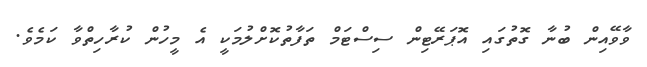
ވާވޭއިން ބުނާ ގޮތުގައި އޮޕަރޭޓިން ސިސްޓަމް ތަފާތުކޮށްލުމަކީ އެ މީހުން ކުރާހިތްވާ ކަމެވެ.